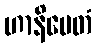
ဟာနိမေတံ